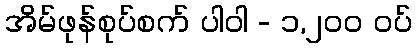
အိမ်ဖုန်စုပ်စက် ပါဝါ - ၁,၂၀၀ ဝပ်